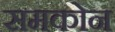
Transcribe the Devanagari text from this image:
समकोन